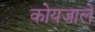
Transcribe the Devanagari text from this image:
कोयजाले